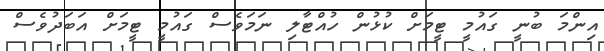
އިންމަ ބުނީ ގައުމީ ޓީމަށް ކުޅުން ހުއްޓާލި ނަމަވެސް ގައުމީ ޓީމަށް އަބަދުވެސް